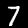
Digit: 7